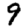
Digit: 9